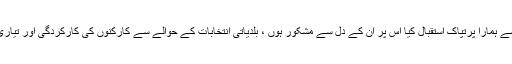
میڈیا سے گفتگو کرتے ہوئے عمران خان نے کہاکہ کراچی آمد پر یہاں کے عوام جس جوش و جذبے سے ہمارا پرتپاک استقبال کیا اس پر ان کے دل سے مشکور ہوں ، بلدیاتی انتخابات کے حوالے سے کارکنوں کی کارکردگی اور تیاری زبردست ہے ، کراچی والوں نے میری آمد پر جو رد عمل دیا اس سے میرا اعتماد اور بھی بڑھا ہے ۔